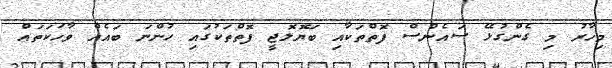
މިހާރު މި ގެންގުޅޭ ސައެންސް ފޮތްތަކާއި ބަޔޮލޮޖީ ފޮތްތަކުގައި ހުންނަ ބައެއް ވާހަކަތައް